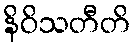
နိဝိသတီတိ